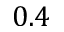
0 . 4